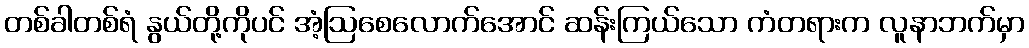
တစ်ခါတစ်ရံ နွယ်တို့ကိုပင် အံ့ဩစေလောက်အောင် ဆန်းကြယ်သော ကံတရားက လူနာဘက်မှာ